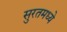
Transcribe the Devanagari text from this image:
सुरतमध्ये